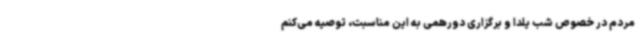
مردم در خصوص شب یلدا و برگزاری دورهمی به این مناسبت، توصیه می‌کنم